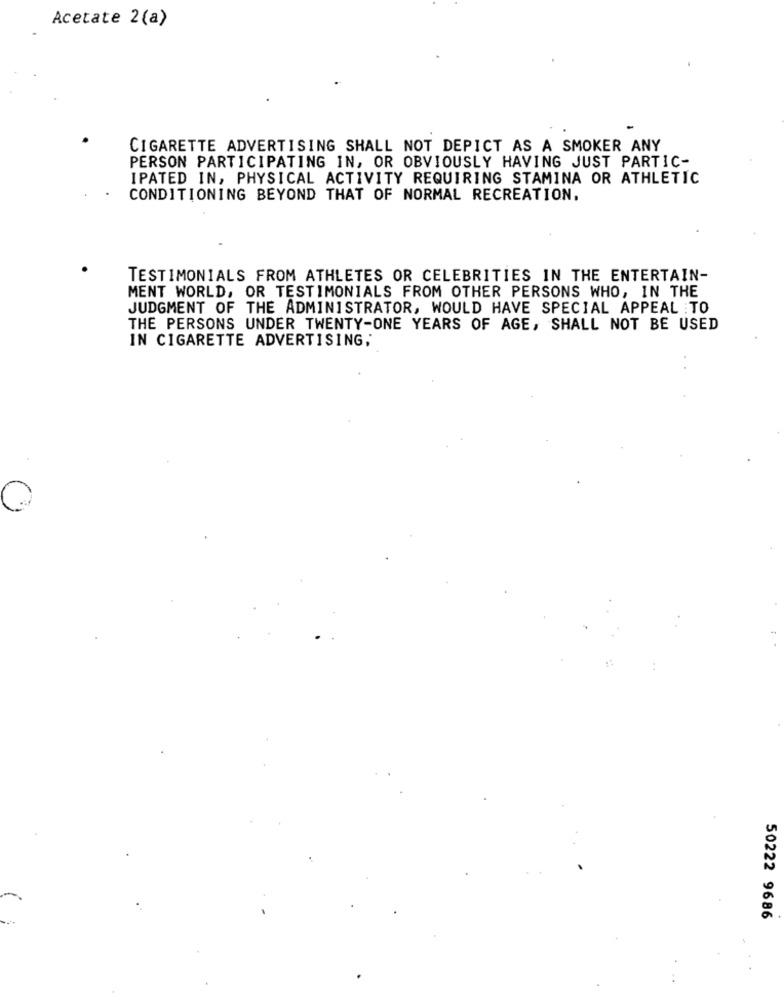
Acetate 2(a)
CIGARETTE ADVERTISING SHALL NOT DEPICT AS A SMOKER ANY
PERSON PARTICIPATING IN, OR OBVIOUSLY HAVING JUST PARTIC-
IPATED IN, PHYSICAL ACTIVITY REQUIRING STAMINA OR ATHLETIC
CONDITIONING BEYOND THAT OF NORMAL RECREATION.
TESTIMONIALS FROM ATHLETES OR CELEBRITIES IN THE ENTERTAIN-
MENT WORLD, OR TESTIMONIALS FROM OTHER PERSONS WHO, IN THE
JUDGMENT OF THE ADMINISTRATOR, WOULD HAVE SPECIAL APPEAL TO
THE PERSONS UNDER TWENTY-ONE YEARS OF AGE, SHALL NOT BE USED
IN CIGARETTE ADVERTISING,
50222 9686